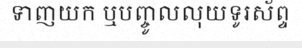
ទាញយក ឬបញ្ចូលលុយទូរស័ព្ទ